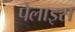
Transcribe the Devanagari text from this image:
पेलाइस